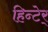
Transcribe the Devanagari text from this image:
हिन्टेर्